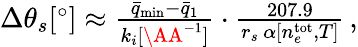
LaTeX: \begin{array}{r}{\Delta\theta_{s}[^{\circ}]\approx\frac{\bar{q}_{\mathrm{min}}-\bar{q}_{1}}{k_{i}[\AA^{-1}]}\cdot\frac{207.9}{r_{s}\, \alpha[n_{e}^{\mathrm{tot}},T]}\, ,}\end{array}